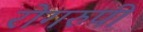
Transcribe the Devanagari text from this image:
रोगरुपी